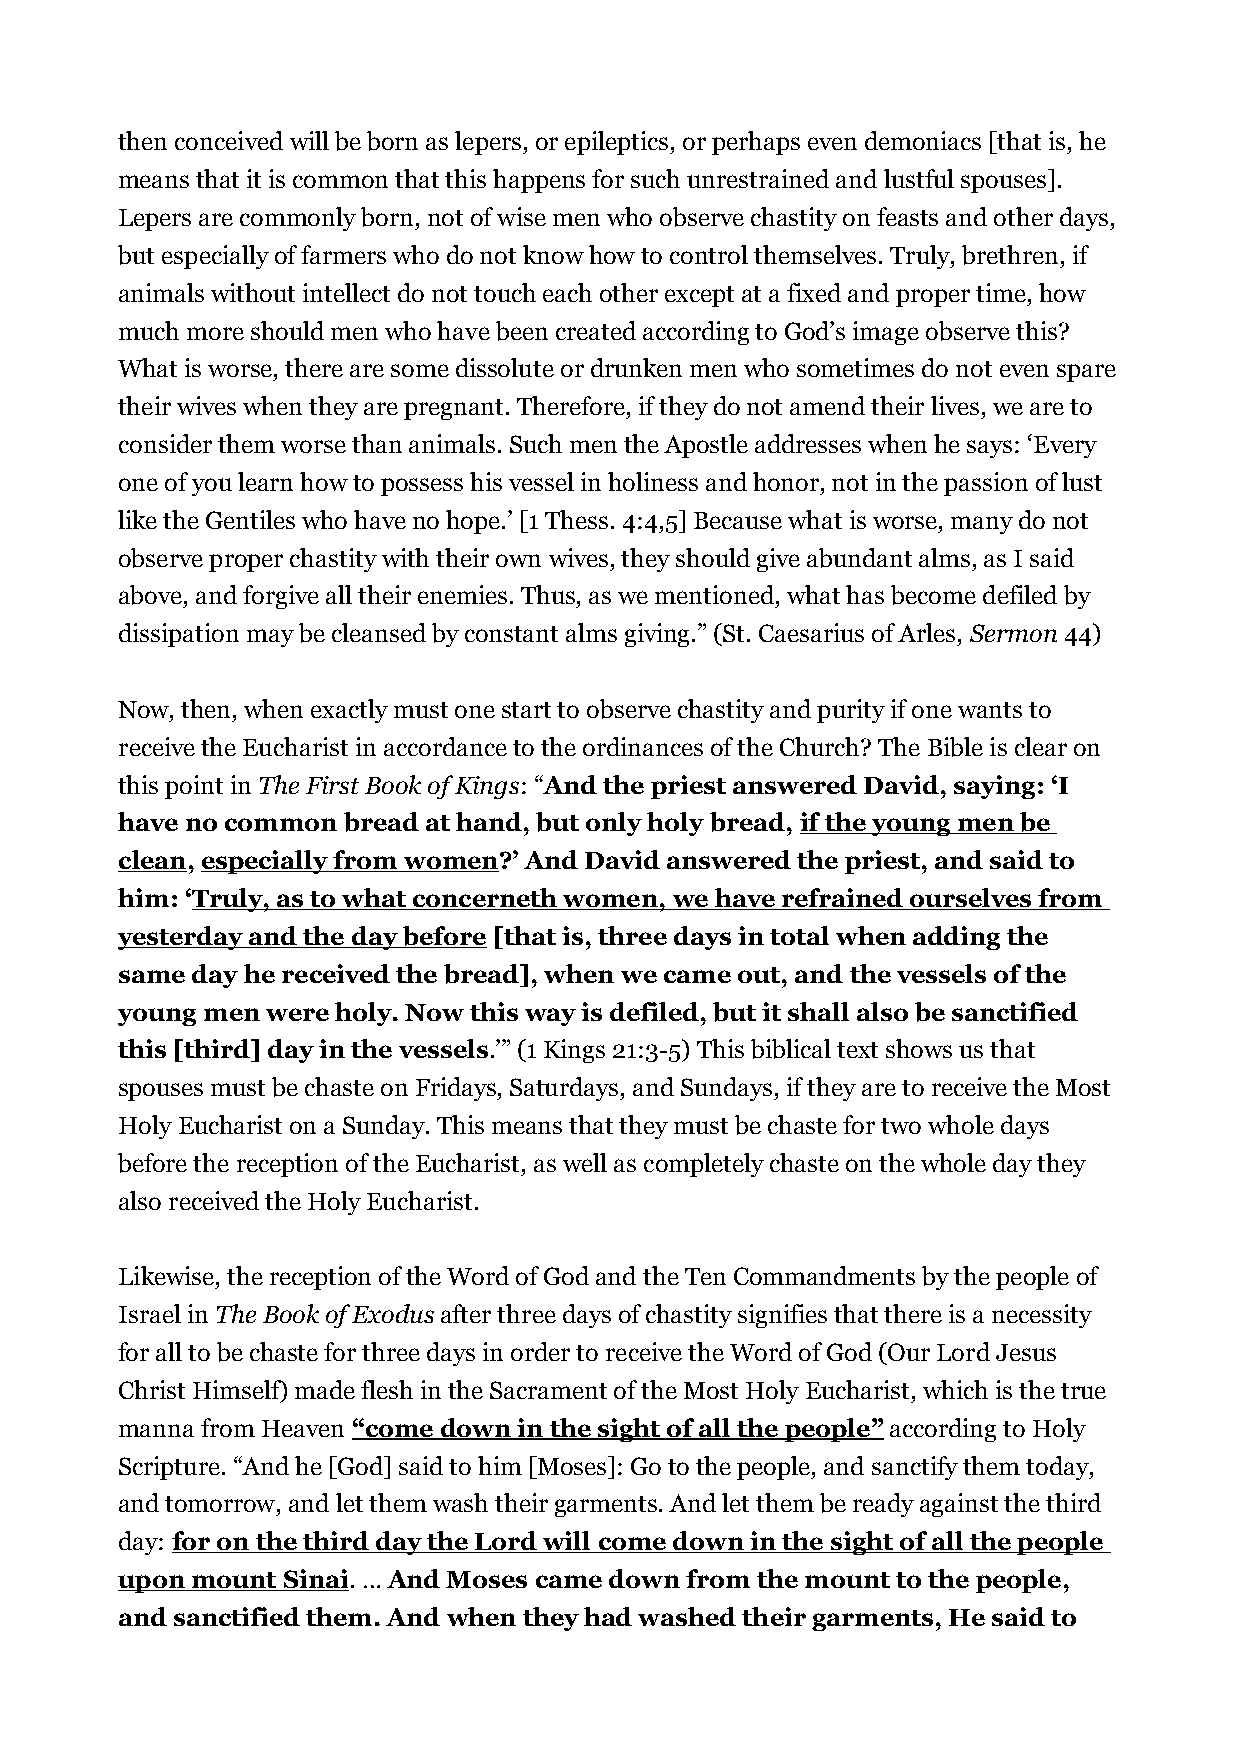
then conceived will be born as lepers, or epileptics, or perhaps even demoniacs [that is, he
 means that it is common that this happens for such unrestrained and lustful spouses].
 Lepers are commonly born, not of wise men who observe chastity on feasts and other days,
 but especially of farmers who do not know how to control themselves. Truly, brethren, if
 animals without intellect do not touch each other except at a fixed and proper time, how
 much more should men who have been created according to God’s image observe this?
 What is worse, there are some dissolute or drunken men who sometimes do not even spare
 their wives when they are pregnant. Therefore, if they do not amend their lives, we are to
 consider them worse than animals. Such men the Apostle addresses when he says: ‘Every
 one of you learn how to possess his vessel in holiness and honor, not in the passion of lust
 like the Gentiles who have no hope.’ [1 Thess. 4:4,5] Because what is worse, many do not
 observe proper chastity with their own wives, they should give abundant alms, as I said
 above, and forgive all their enemies. Thus, as we mentioned, what has become defiled by
 dissipation may be cleansed by constant alms giving.” (St. Caesarius of Arles, Sermon 44)
 Now, then, when exactly must one start to observe chastity and purity if one wants to
 receive the Eucharist in accordance to the ordinances of the Church? The Bible is clear on
 this point in The First Book of Kings: “And the priest answered David, saying: ‘I
 have no common bread at hand, but only holy bread, if the young men be
 clean, especially from women?’ And David answered the priest, and said to
 him: ‘Truly, as to what concerneth women, we have refrained ourselves from
 yesterday and the day before [that is, three days in total when adding the
 same day he received the bread], when we came out, and the vessels of the
 young men were holy. Now this way is defiled, but it shall also be sanctified
 this [third] day in the vessels.’” (1 Kings 21:3-5) This biblical text shows us that
 spouses must be chaste on Fridays, Saturdays, and Sundays, if they are to receive the Most
 Holy Eucharist on a Sunday. This means that they must be chaste for two whole days
 before the reception of the Eucharist, as well as completely chaste on the whole day they
 also received the Holy Eucharist.
 Likewise, the reception of the Word of God and the Ten Commandments by the people of
 Israel in The Book of Exodus after three days of chastity signifies that there is a necessity
 for all to be chaste for three days in order to receive the Word of God (Our Lord Jesus
 Christ Himself) made flesh in the Sacrament of the Most Holy Eucharist, which is the true
 manna from Heaven “come down in the sight of all the people” according to Holy
 Scripture. “And he [God] said to him [Moses]: Go to the people, and sanctify them today,
 and tomorrow, and let them wash their garments. And let them be ready against the third
 day: for on the third day the Lord will come down in the sight of all the people
 upon mount Sinai. … And Moses came down from the mount to the people,
 and sanctified them. And when they had washed their garments, He said to